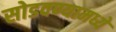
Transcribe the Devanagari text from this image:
सोडवण्यामध्ये